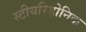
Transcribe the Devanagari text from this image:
स्टीयरिड़ोनिक